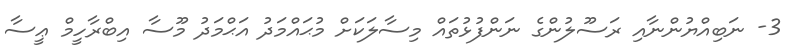
3- ނަބިއްޔުންނާއި ރަސޫލުންގެ ނަންފުޅުތައް މިސާލަކަށް މުޙައްމަދު އަޙްމަދު މޫސާ އިބްރާހީމް ޢީސާ